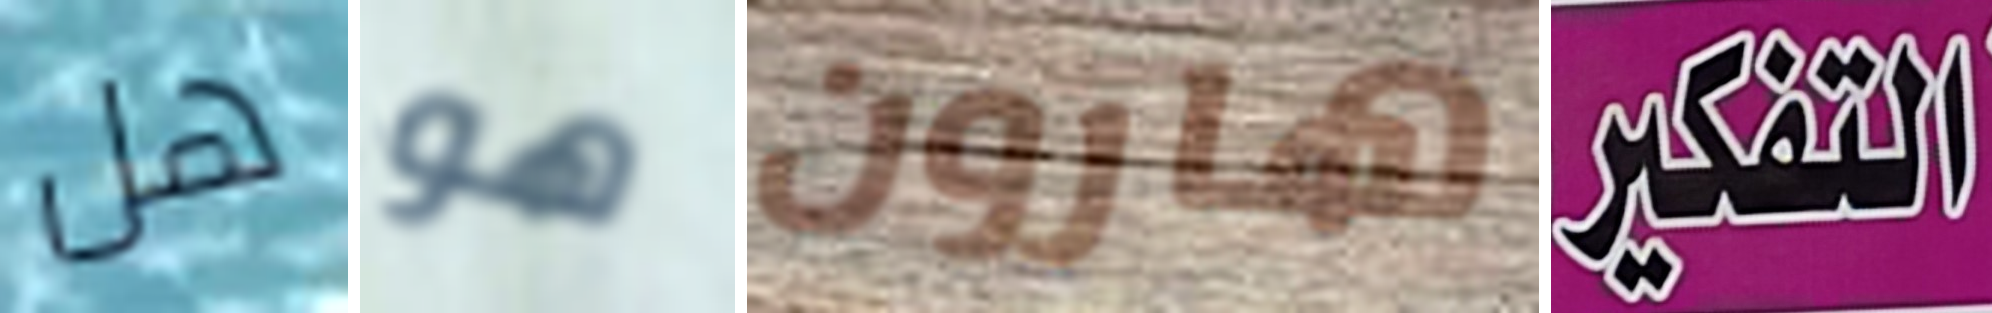
هل هو هارون التفكير